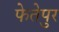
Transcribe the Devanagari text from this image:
फेतेपुर